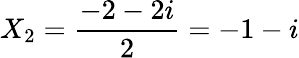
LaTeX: X_{2}=\frac{-2-2i}{2}=-1-i